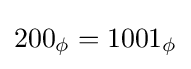
200_{\phi }=1001_{\phi }